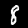
Digit: 8